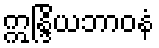
ဣန္ဒြိယဘာဝနံ